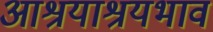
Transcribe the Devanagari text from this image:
आश्रयाश्रयभाव